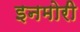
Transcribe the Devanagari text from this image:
इनमोरी